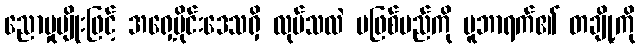
ညောမှုမျိုးဖြင့် အရှေ့ပိုင်းဒေသရှိ လုပ်သလဲ မဖြစ်မည်ကို မူဘာရက်၏ တချို့ကို